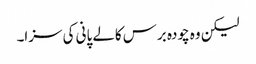
لیکن وہ چودہ برس کالے پانی کی سزا۔